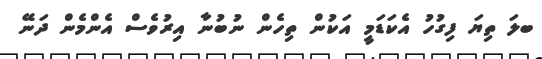
ބލަ ތިޔަ ފިގުހު އެކަޑަމީ އަކުން ތިހެން ނުބުނާ އިރުވެސް އެންމެން ދަނޭ